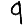
Digit: 9